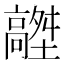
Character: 𩫟